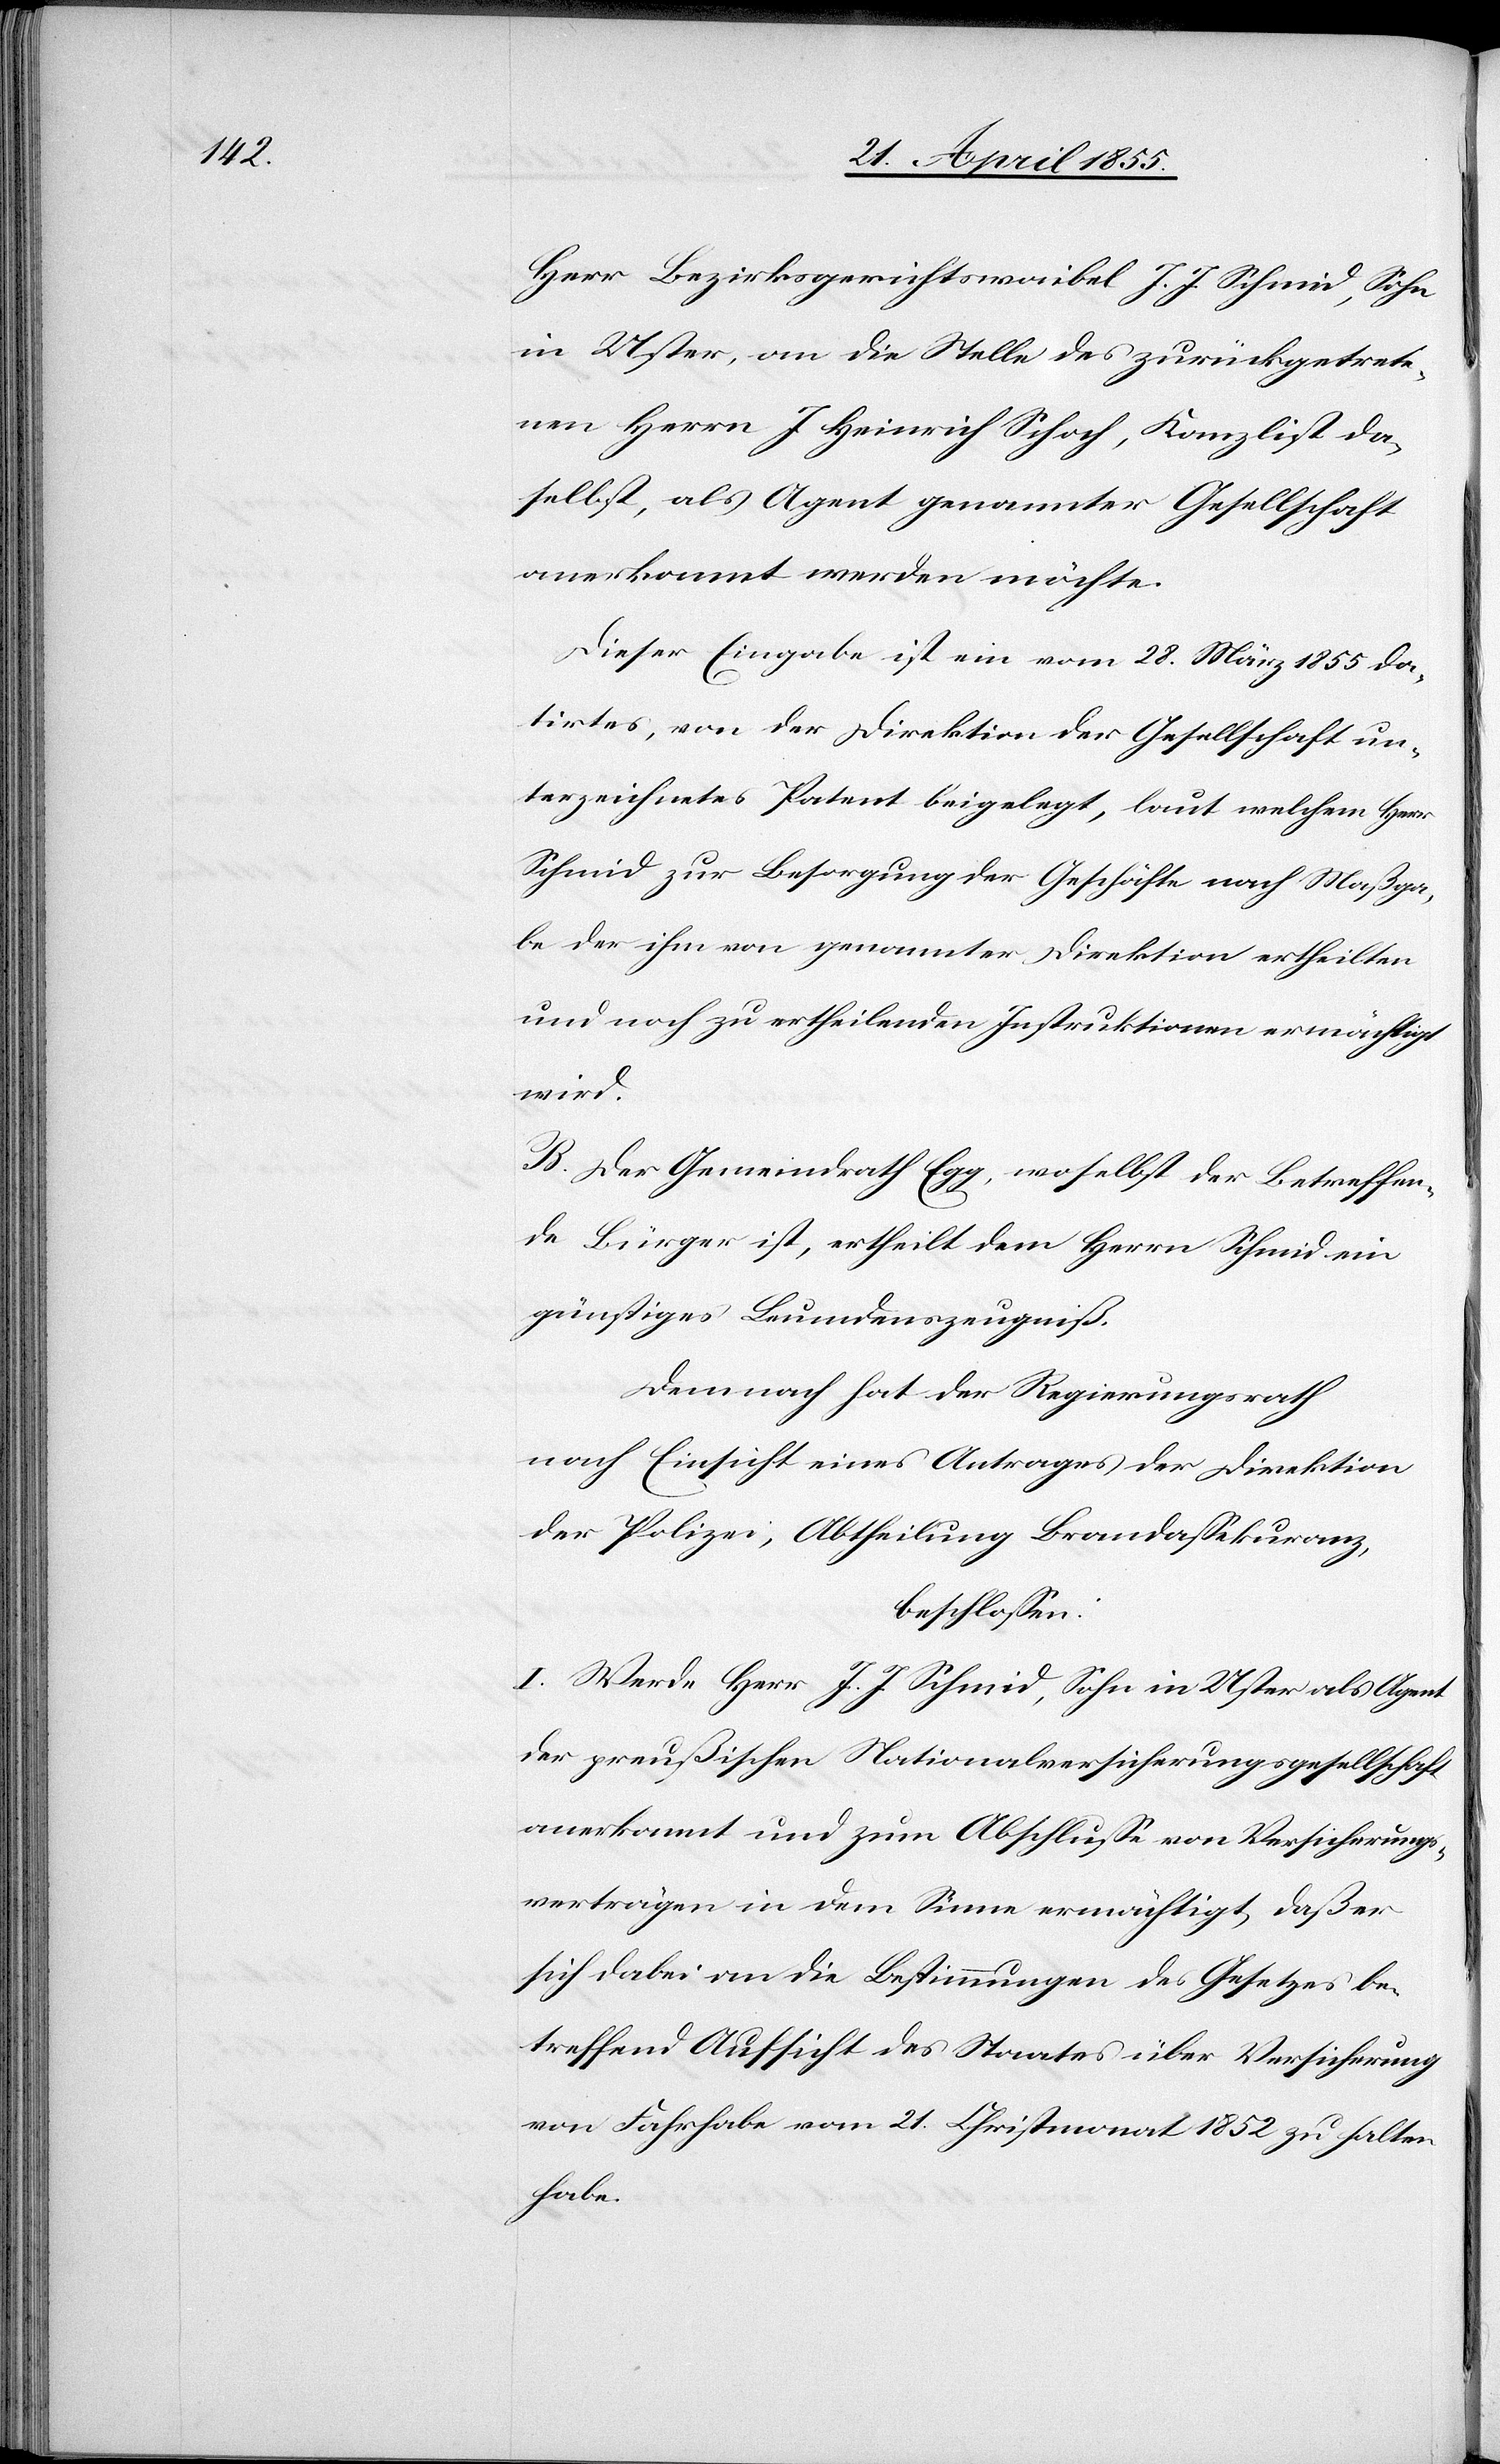
J.

in Uster, an die Stelle des zurückgetrete¬
nen Herrn J. Heinrich Schoch, Kanzlist da¬
selbst, als Agent genannter Gesellschaft
anerkannt werden möchte.
Dieser Eingabe ist ein vom 28. März 1855 da¬
tirtes, von der Direktion der Gesellschaft un¬
terzeichnetes Patent beigelegt, laut welchem Herr
Schmid zur Besorgung der Geschäfte nach Maßga¬
be der ihm von genannter Direktion ertheilten
und noch zu ertheilenden Instruktionen ermächtigt
wird.
B. Der Gemeindrath Egg, woselbst der Betreffen¬
de Bürger ist, ertheilt dem Herrn Schmid ein
günstiges Leumdenszeugniß.
Demnach hat der Regierungsrath
nach Einsicht eines Antrages der Direktion
der Polizei, Abtheilung Brandassekuranz,
beschlossen:
I. Werde Herr J. J. Schmid, Sohn in Uster als Agent
der preußischen Nationalversicherungsgesellschaft
anerkannt und zum Abschlusse von Versicherungs¬
verträgen in dem Sinne ermächtigt, daß er
sich dabei an die Bestimmungen des Gesetzes be¬
treffend Aufsicht des Staates über Versicherung
von Fahrhabe vom 21. Christmonat 1852 zu halten
habe.